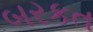
બરકત